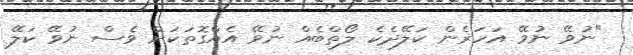
"ނުވޭ ނުވޭ އަހަރެން ކަލޭދެކެ ލޯތްބެއް ނުވޭ އެއްގޮތަކަށް ވެސް ނުވޭ ކަލޭ